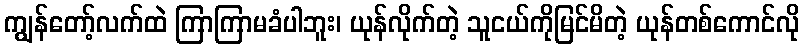
ကျွန်တော့်လက်ထဲ ကြာကြာမခံပါဘူး၊ ယုန်လိုက်တဲ့ သူငယ်ကိုမြင်မိတဲ့ ယုန်တစ်ကောင်လို